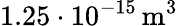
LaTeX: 1.25\cdot 10^{-15}\, \mathrm{m}^{3}